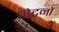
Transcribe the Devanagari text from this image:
मेट्रनों